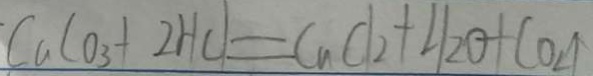
C a C O _ { 3 } + 2 H C l = C a C l _ { 2 } + H _ { 2 } O + C O _ { 2 } \uparrow